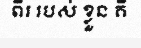
ពីរ របស់ ខ្លួន គឺ